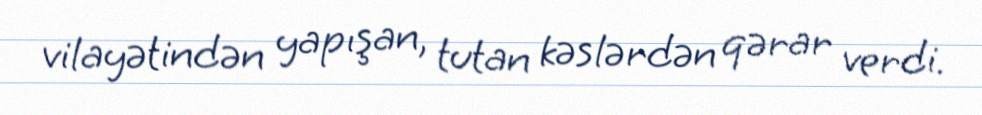
vilayətindən yapışan, tutan kəslərdən qərar verdi.